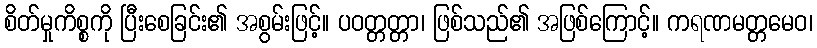
စိတ်မှုကိစ္စကို ပြီးစေခြင်း၏ အစွမ်းဖြင့်။ ပဝတ္တတ္တာ၊ ဖြစ်သည်၏ အဖြစ်ကြောင့်။ ကရဏမတ္တမေဝ၊